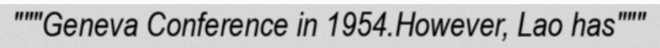
"""Geneva Conference in 1954.However, Lao has"""